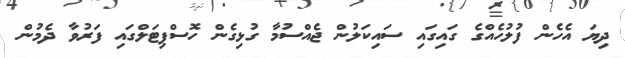
ދިޔަ އެހެން ފުލުހެއްގެ ގައިގައި ސައިކަލުން ޖެއްސުމާ ގުޅިގެން ހޮސްޕިޓަލްގައި ފަރުވާ ދެމުން